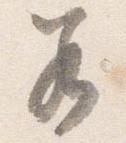
若